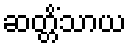
ဆတ္တိံသာယ